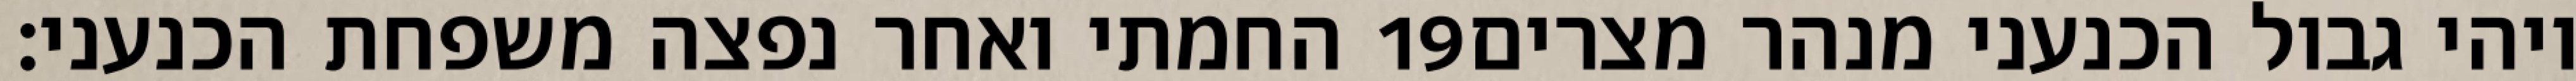
החמתי ואחר נפצה משפחת הכנעני׃ ‎19‏ ויהי גבול הכנעני מנהר מצרים